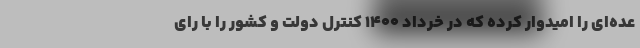
عده‌ای را امیدوار کرده که در خرداد ۱۴۰۰ کنترل دولت و کشور را با رای